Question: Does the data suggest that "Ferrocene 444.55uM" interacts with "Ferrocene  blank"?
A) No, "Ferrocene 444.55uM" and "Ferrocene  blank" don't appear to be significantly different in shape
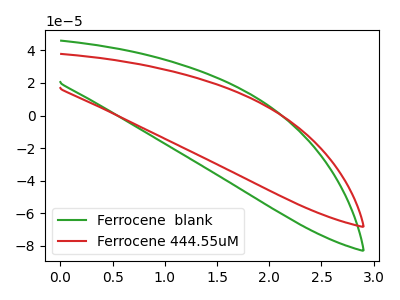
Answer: <think>The green curve "Ferrocene  blank" has no peaks. The red curve "Ferrocene 444.55uM" has no peaks.
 Neither "Ferrocene 444.55uM" or "Ferrocene  blank" have any peaks.</think>
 <answer>A) No, "Ferrocene 444.55uM" and "Ferrocene  blank" don't appear to be significantly different in shape</answer>
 <eval>A</eval>